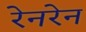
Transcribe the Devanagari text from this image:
रेनरेन